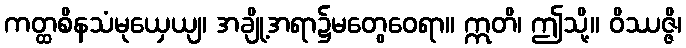
ကတ္ထစိနသံမုယှေယျ၊ အချို့အရာ၌မတွေဝေရာ။ ဣတိ၊ ဤသို့။ ဝိဿဇ္ဇိ၊